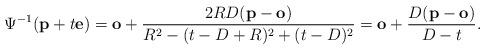
LaTeX: \begin{align*}\Psi^{-1} (\mathbf p + t \mathbf e) =\mathbf o + \frac{ 2RD (\mathbf p - \mathbf o) }{ R^2 - (t-D+R)^2 +(t -D)^2} =\mathbf o + \frac{ D (\mathbf p - \mathbf o) }{ D - t }.\end{align*}